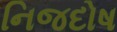
નિજદોષ